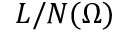
L / N ( \Omega )